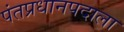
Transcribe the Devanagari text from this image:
पंतप्रधानपदाला